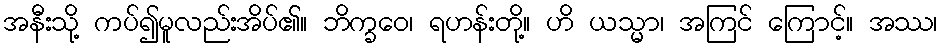
အနီးသို့ ကပ်၍မူလည်းအိပ်၏။ ဘိက္ခဝေ၊ ရဟန်းတို့။ ဟိ ယသ္မာ၊ အကြင် ကြောင့်။ အဿ၊